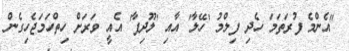
"އެންމެ ފުރަތަމަ ހެދި ފިލްމު 'ހޭލާ' އާއި 'ލޫދިފާ' އެއީ ވަރަށް ހިތްހަމަޖެހިގެން